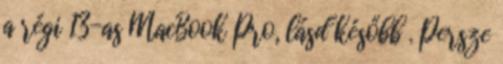
a régi 13-as MacBook Pro, lásd később . Persze